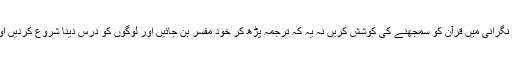
لیکن عوام کی بھی ذمہ داری ہے کہ وہ علماء اور اہل علم کی نگرانی میں قرآن کو سمجھنے کی کوشش کریں نہ یہ کہ ترجمہ پڑھ کر خود مفسر بن جائیں اور لوگوں کو درس دینا شروع کردیں اور قران مجید کے بارے میں اپنی رائے کا اظہار کرنے لگیں۔